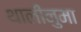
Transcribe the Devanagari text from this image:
थालीनुमा